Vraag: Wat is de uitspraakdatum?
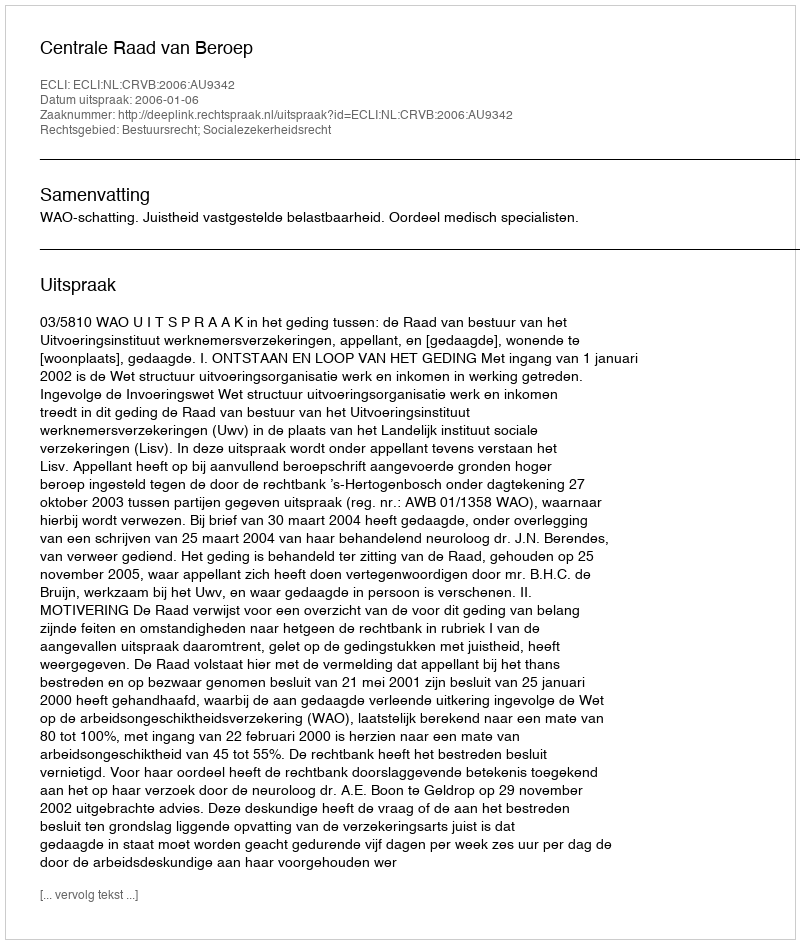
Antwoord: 2006-01-06